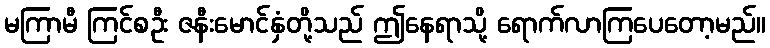
မကြာမီ ကြင်စဦး ဇနီးမောင်နှံတို့သည် ဤနေရာသို့ ရောက်လာကြပေတော့မည်။